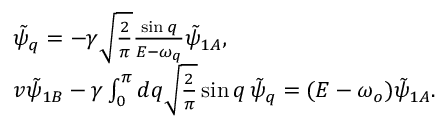
\begin{array} { r l } & { \tilde { \psi } _ { q } = - \gamma \sqrt { \frac { 2 } { \pi } } \frac { \sin { q } } { E - \omega _ { q } } \tilde { \psi } _ { 1 A } , } \\ & { v \tilde { \psi } _ { 1 B } - \gamma \int _ { 0 } ^ { \pi } d q \sqrt { \frac { 2 } { \pi } } \sin { q } \, \tilde { \psi } _ { q } = ( E - \omega _ { o } ) \tilde { \psi } _ { 1 A } . } \end{array}